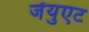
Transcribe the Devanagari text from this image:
जेंयुएट